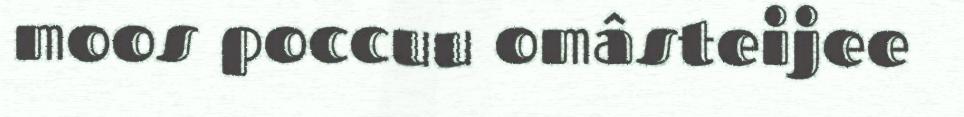
moos poccuu omâsteijee